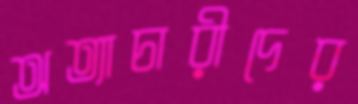
অত্যাচারীদের